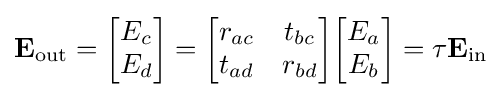
\mathbf {E} _{\text{out}}={\begin{bmatrix}E_{c}\\E_{d}\end{bmatrix}}={\begin{bmatrix}r_{ac}&t_{bc}\\t_{ad}&r_{bd}\end{bmatrix}}{\begin{bmatrix}E_{a}\\E_{b}\end{bmatrix}}=\tau \mathbf {E} _{\text{in}}